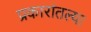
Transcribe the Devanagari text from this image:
प्रकारांतल्या